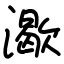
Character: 㵣